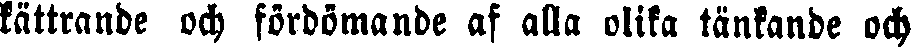
kättrande och fördömande af alla olika tänkande och